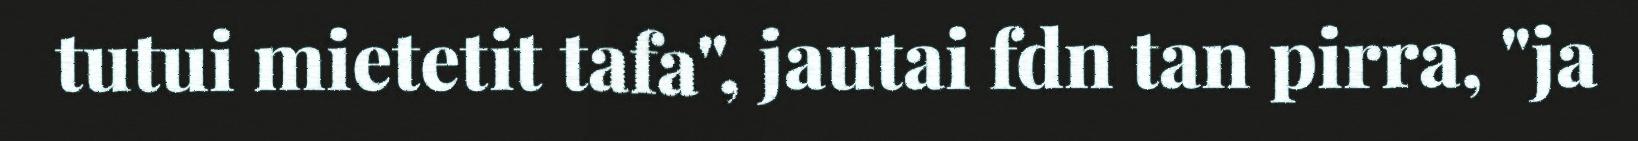
tutui mietetit tafa", jautai fdn tan pirra, "ja